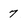
Character: 7